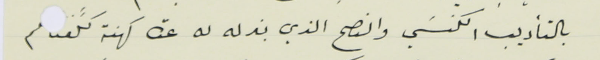
بالتأديب الكنسَي والنصح الذي بذله له عدة كهنة كلَّفىـ ـم